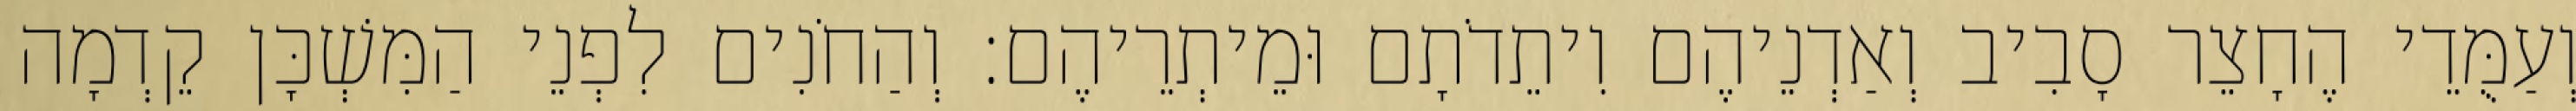
וְעַמֻּדֵי הֶחָצֵר סָבִיב וְאַדְנֵיהֶם וִיתֵדֹתָם וּמֵיתְרֵיהֶם׃ וְהַחֹנִים לִפְנֵי הַמִּשְׁכָּן קֵדְמָה